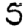
Digit: 5